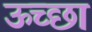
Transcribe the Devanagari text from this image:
ऊच्छा